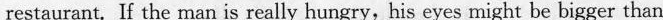
restaurant. If the man is really hungry,his eyes might be bigger than